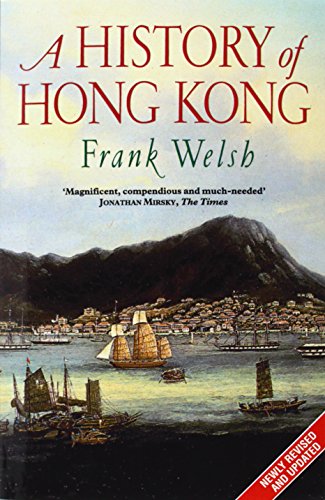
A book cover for A History of Hong Kong; Frank Welsh; History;